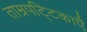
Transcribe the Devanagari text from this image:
ताम्रपट्टिकाएँ